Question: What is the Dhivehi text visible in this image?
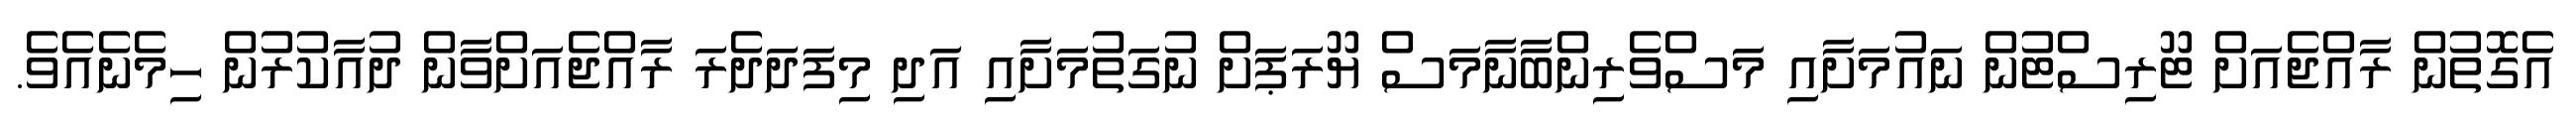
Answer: އެގޮތުން ރާއްޖެއަށް ޓޫރިސްޓުން ނައުމަށާއި މަސްވެރިންބާނާމަސް ޔޫރަޕަށް ނުގަތުމަށާއި އަދި މިފަދަދެރަ ރާއްޖެއަށްވާން ދުއާކުރުން ހިމެނެއެވެ.